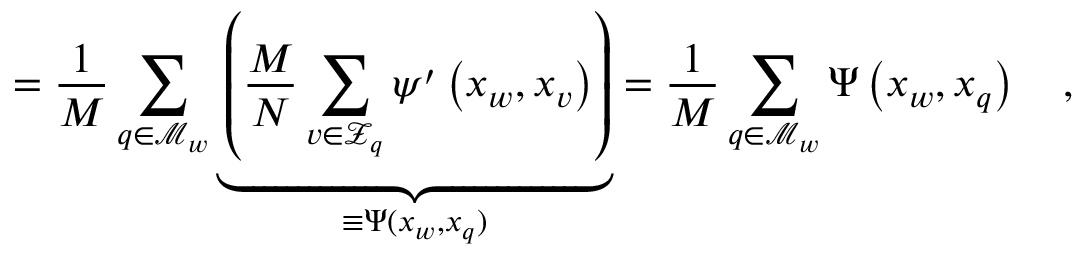
= \frac { 1 } { M } \sum _ { q \in \mathcal { M } _ { w } } \underbrace { \left( \frac { M } { N } \sum _ { v \in \mathcal { Z } _ { q } } \psi ^ { \prime } \left( x _ { w } , x _ { v } \right) \right) } _ { \equiv \Psi ( x _ { w } , x _ { q } ) } = \frac { 1 } { M } \sum _ { q \in \mathcal { M } _ { w } } \Psi \left( x _ { w } , x _ { q } \right) \quad ,